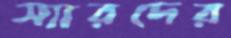
স্যারদের